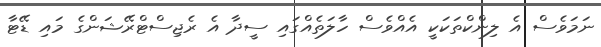
ނަމަވެސް އެ ލިންކްތަކަކީ އެއްވެސް ހާލަތެއްގައި ސީދާ އެ ރެޖިސްޓްރޭޝަންގެ މައި ޑޭޓާ